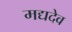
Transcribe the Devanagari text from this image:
मद्यदेव